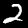
Digit: 2